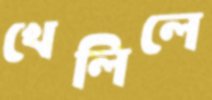
খেলিলে